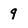
Character: 9